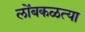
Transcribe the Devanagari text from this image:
लोंबकळत्या